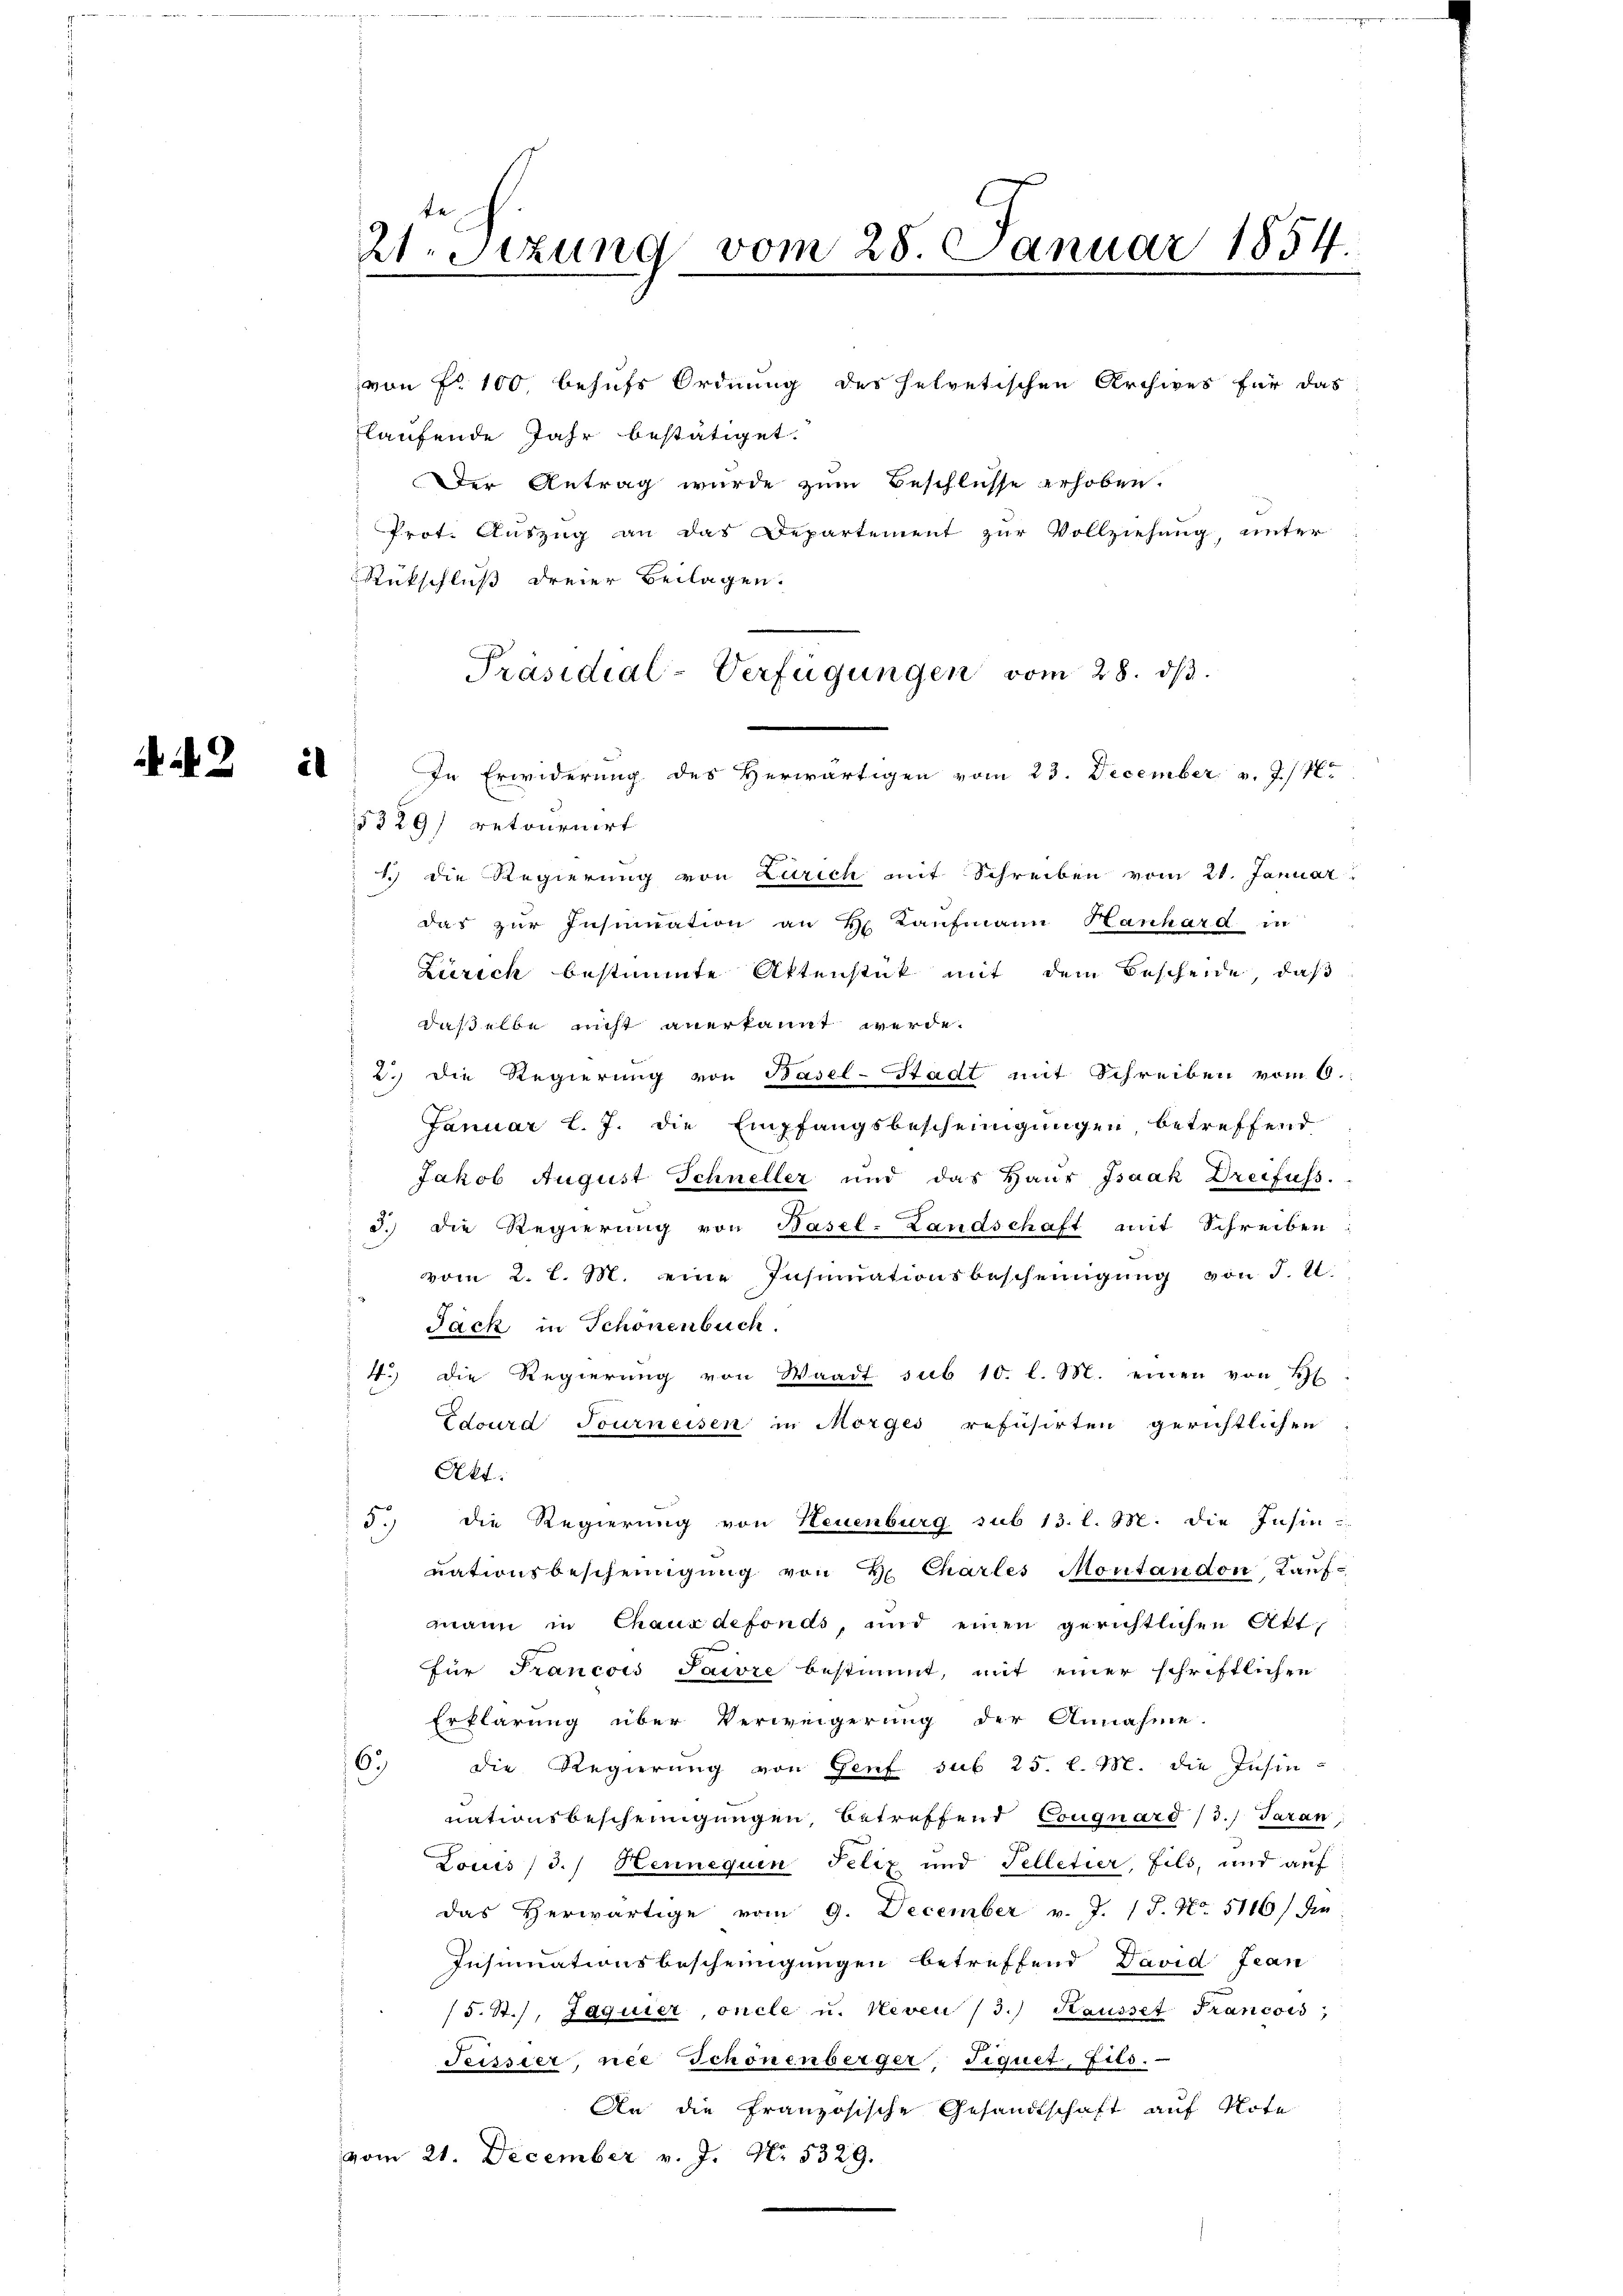
i

von Fr. 100, behufs Ordnung des helvetischen Archives für das
laufende Jahr bestätiget.
Der Antrag wurde zum Beschlusse erhoben.
Prot. Auszug an das Departement zur Vollziehung, unter
Rückschluß dreier Beilagen.
Präsidial-Verfügungen vom 28. dβ.
1.) Die Regierung von Larich mit Schreiben vom 21. Januar
das zur Insinuation an H. Kaufmann Hanhard in
Zürich bestimmte Aktenstük mit dem Bescheide, daß
daßelbe nicht anerkannt werde.
2.) Die Regierung von Basel-Stadt mit Schreiben vom 6.
Januar l. J. die Empfangsbescheinigungen, betreffend
Jakob August Schneller und das Haus Isaak Dreifuss.
3. Die Regierung von Basel-Landschaft mit Schreiben
vom 2. l. M. eine Insinuationsbescheinigŭng von J. U.
Jack in Schönenbuch.
4.) Die Regierung von Waadt sub 10. l. M. einen von H
Edourd Tourneisen in Morges refusirten gerichtlichen
Akt.
5.) Die Regierung von Steuenburg sub 13. l. M. die Insin
uationsbescheinigung von H. Charles Montandon, Kauf-
mann in Chaus defonds, und einen gerichtlichen Akt
für Francois Saire bestimmt, mit einer schriftlichen
Erklärung über Verweigerung der Annahme.
6. die Regierŭng von Genf sub 25. l. M. die Insin-
nationsbescheinigungen, betreffend Conquard (3.) Taran
Louis / 3.) Hennequen Felix und Telletier, fils, und auf
das Herwärtige vom 9. December v. J. J. No. 5116/ die
Insinuationsbescheinigungen betreffend David Fran
/5. St. Jaquier oncle u. Neven / 3.) Hausset Francois
Tessier nee Schönenberger, Figuet, Fito.
An die französische Gesandtschaft auf Note
vom 21. December v. J. No. 5329.

2.Stzung vom 28. Januar 1854

5329) retournirt

In Erwiderung des Herwärtigen vom 23. December v. 3./4.